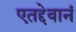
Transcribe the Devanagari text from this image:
एतद्देवानं